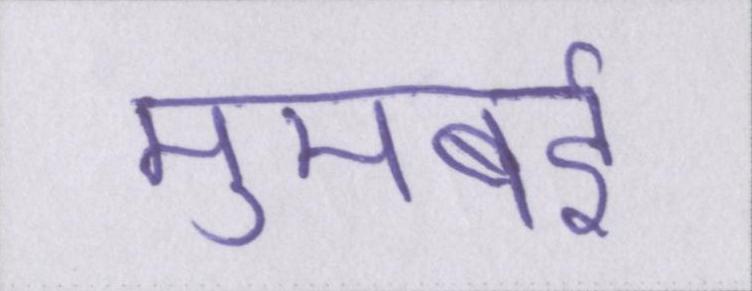
मुमबई